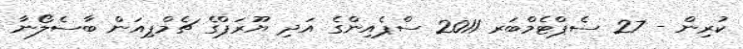
ކުރިން - 27 ސެޕްޓެމްބަރ 2011 ސްޕެއިންގެ އަދި ޔޫރަޕްގެ ޗެމްޕިއަން ބާސެލޯނާ